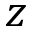
z